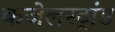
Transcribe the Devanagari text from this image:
कजेलस्ट्रांड